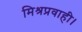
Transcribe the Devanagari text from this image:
मिश्रप्रवाही।